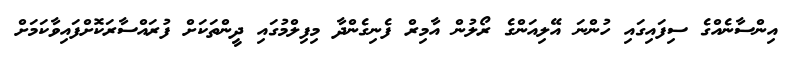
އިންސާނެއްގެ ސިފައިގައި ހުންނަ އޭލިއަންގެ ރޯލުން އާމިރް ފެނިގެންދާ މިފިލްމުގައި ދީންތަކަށް ފުރައްސާރަކޮށްފައިވާކަމަށް